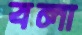
বলা